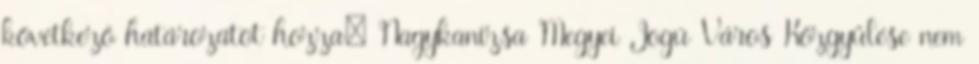
következő határozatot hozza: Nagykanizsa Megyei Jogú Város Közgyűlése nem